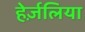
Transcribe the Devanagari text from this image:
हेर्ज़लिया